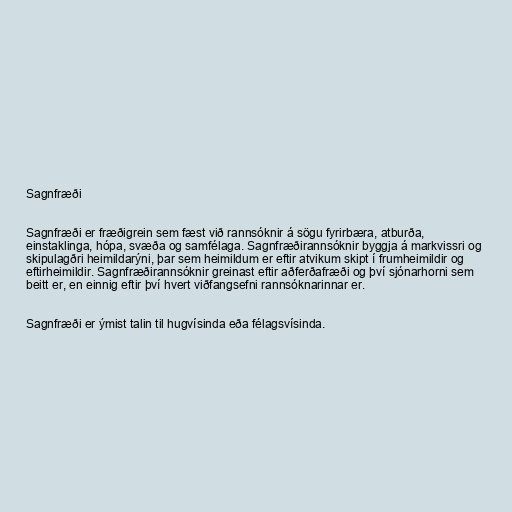
Sagnfræði

Sagnfræði er fræðigrein sem fæst við rannsóknir á sögu fyrirbæra, atburða,
einstaklinga, hópa, svæða og samfélaga. Sagnfræðirannsóknir byggja á markvissri og
skipulagðri heimildarýni, þar sem heimildum er eftir atvikum skipt í frumheimildir og
eftirheimildir. Sagnfræðirannsóknir greinast eftir aðferðafræði og því sjónarhorni sem
beitt er, en einnig eftir því hvert viðfangsefni rannsóknarinnar er.

Sagnfræði er ýmist talin til hugvísinda eða félagsvísinda.